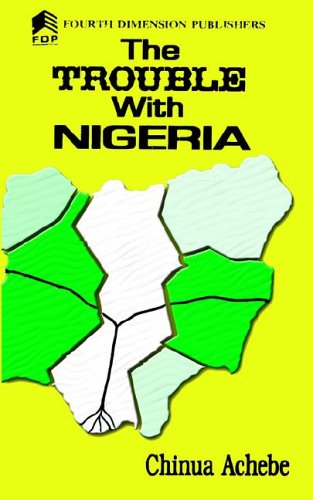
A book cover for The Trouble with Nigeria; Chinua Achebe; Literature & Fiction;